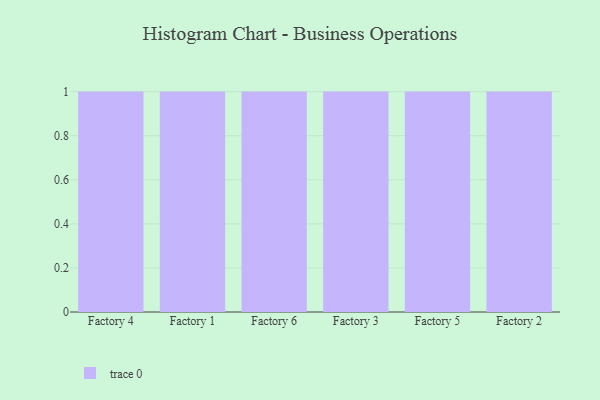
{"axis": {"x": "Factory", "y": "Temperature (°C)"}, "legend": [""], "data": [{"x": "Factory 4", "y": 11, "type": ""}, {"x": "Factory 1", "y": 9, "type": ""}, {"x": "Factory 6", "y": 45, "type": ""}, {"x": "Factory 3", "y": 50, "type": ""}, {"x": "Factory 5", "y": 28, "type": ""}, {"x": "Factory 2", "y": 71, "type": ""}]}